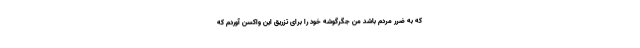
که به ضرر مردم باشد من جگرگوشه خود را برای تزریق این واکسن آوردم که